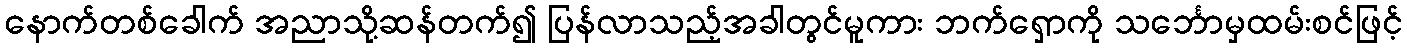
နောက်တစ်ခေါက် အညာသို့ဆန်တက်၍ ပြန်လာသည့်အခါတွင်မူကား ဘက်ရှောကို သင်္ဘောမှထမ်းစင်ဖြင့်